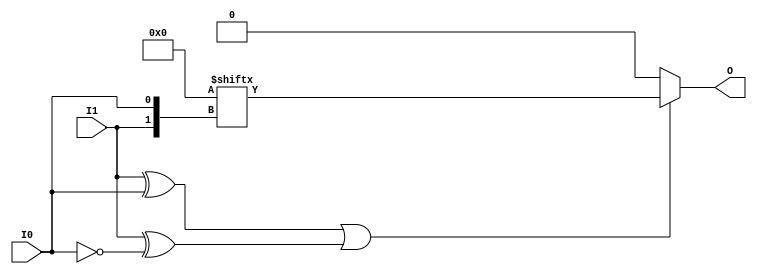
// $Header: /devl/xcs/repo/env/Databases/CAEInterfaces/verunilibs/data/unisims/LUT2.v,v 1.6 2005/03/14 22:32:54 yanx Exp $
///////////////////////////////////////////////////////////////////////////////
// Copyright (c) 1995/2004 Xilinx, Inc.
// All Right Reserved.
///////////////////////////////////////////////////////////////////////////////
//   ____  ____
//  /   /\/   /
// /___/  \  /    Vendor : Xilinx
// \   \   \/     Version : 8.1i (I.13)
//  \   \         Description : Xilinx Functional Simulation Library Component
//  /   /                  2-input Look-Up-Table with General Output
// /___/   /\     Filename : LUT2.v
// \   \  /  \    Timestamp : Thu Mar 25 16:42:53 PST 2004
//  \___\/\___\
//
// Revision:
//    03/23/04 - Initial version.
//    02/04/05 - Rev 0.0.1 Replace premitive with function; Remove buf.
// End Revision

`timescale  100 ps / 10 ps


module LUT2 (O, I0, I1);

    parameter INIT = 4'h0;

    input I0, I1;

    output O;

    reg  O;
    wire [1:0] s;

    assign s = {I1, I0};

    always @(s)
       if ((s[1]^s[0] ==1) || (s[1]^s[0] ==0))
           O = INIT[s];
         else if ((INIT[0] == INIT[1]) && (INIT[2] == INIT[3]) && (INIT[0] == INIT[2])) 
           O = INIT[0];
         else if ((s[1] == 0) && (INIT[0] == INIT[1]))
           O = INIT[0];
         else if ((s[1] == 1) && (INIT[2] == INIT[3])) 
           O = INIT[2];
         else if ((s[0] == 0) && (INIT[0] == INIT[2])) 
           O = INIT[0];
         else if ((s[0] == 1) && (INIT[1] == INIT[3]))
           O = INIT[1];
         else
           O = 1'bx;
endmodule